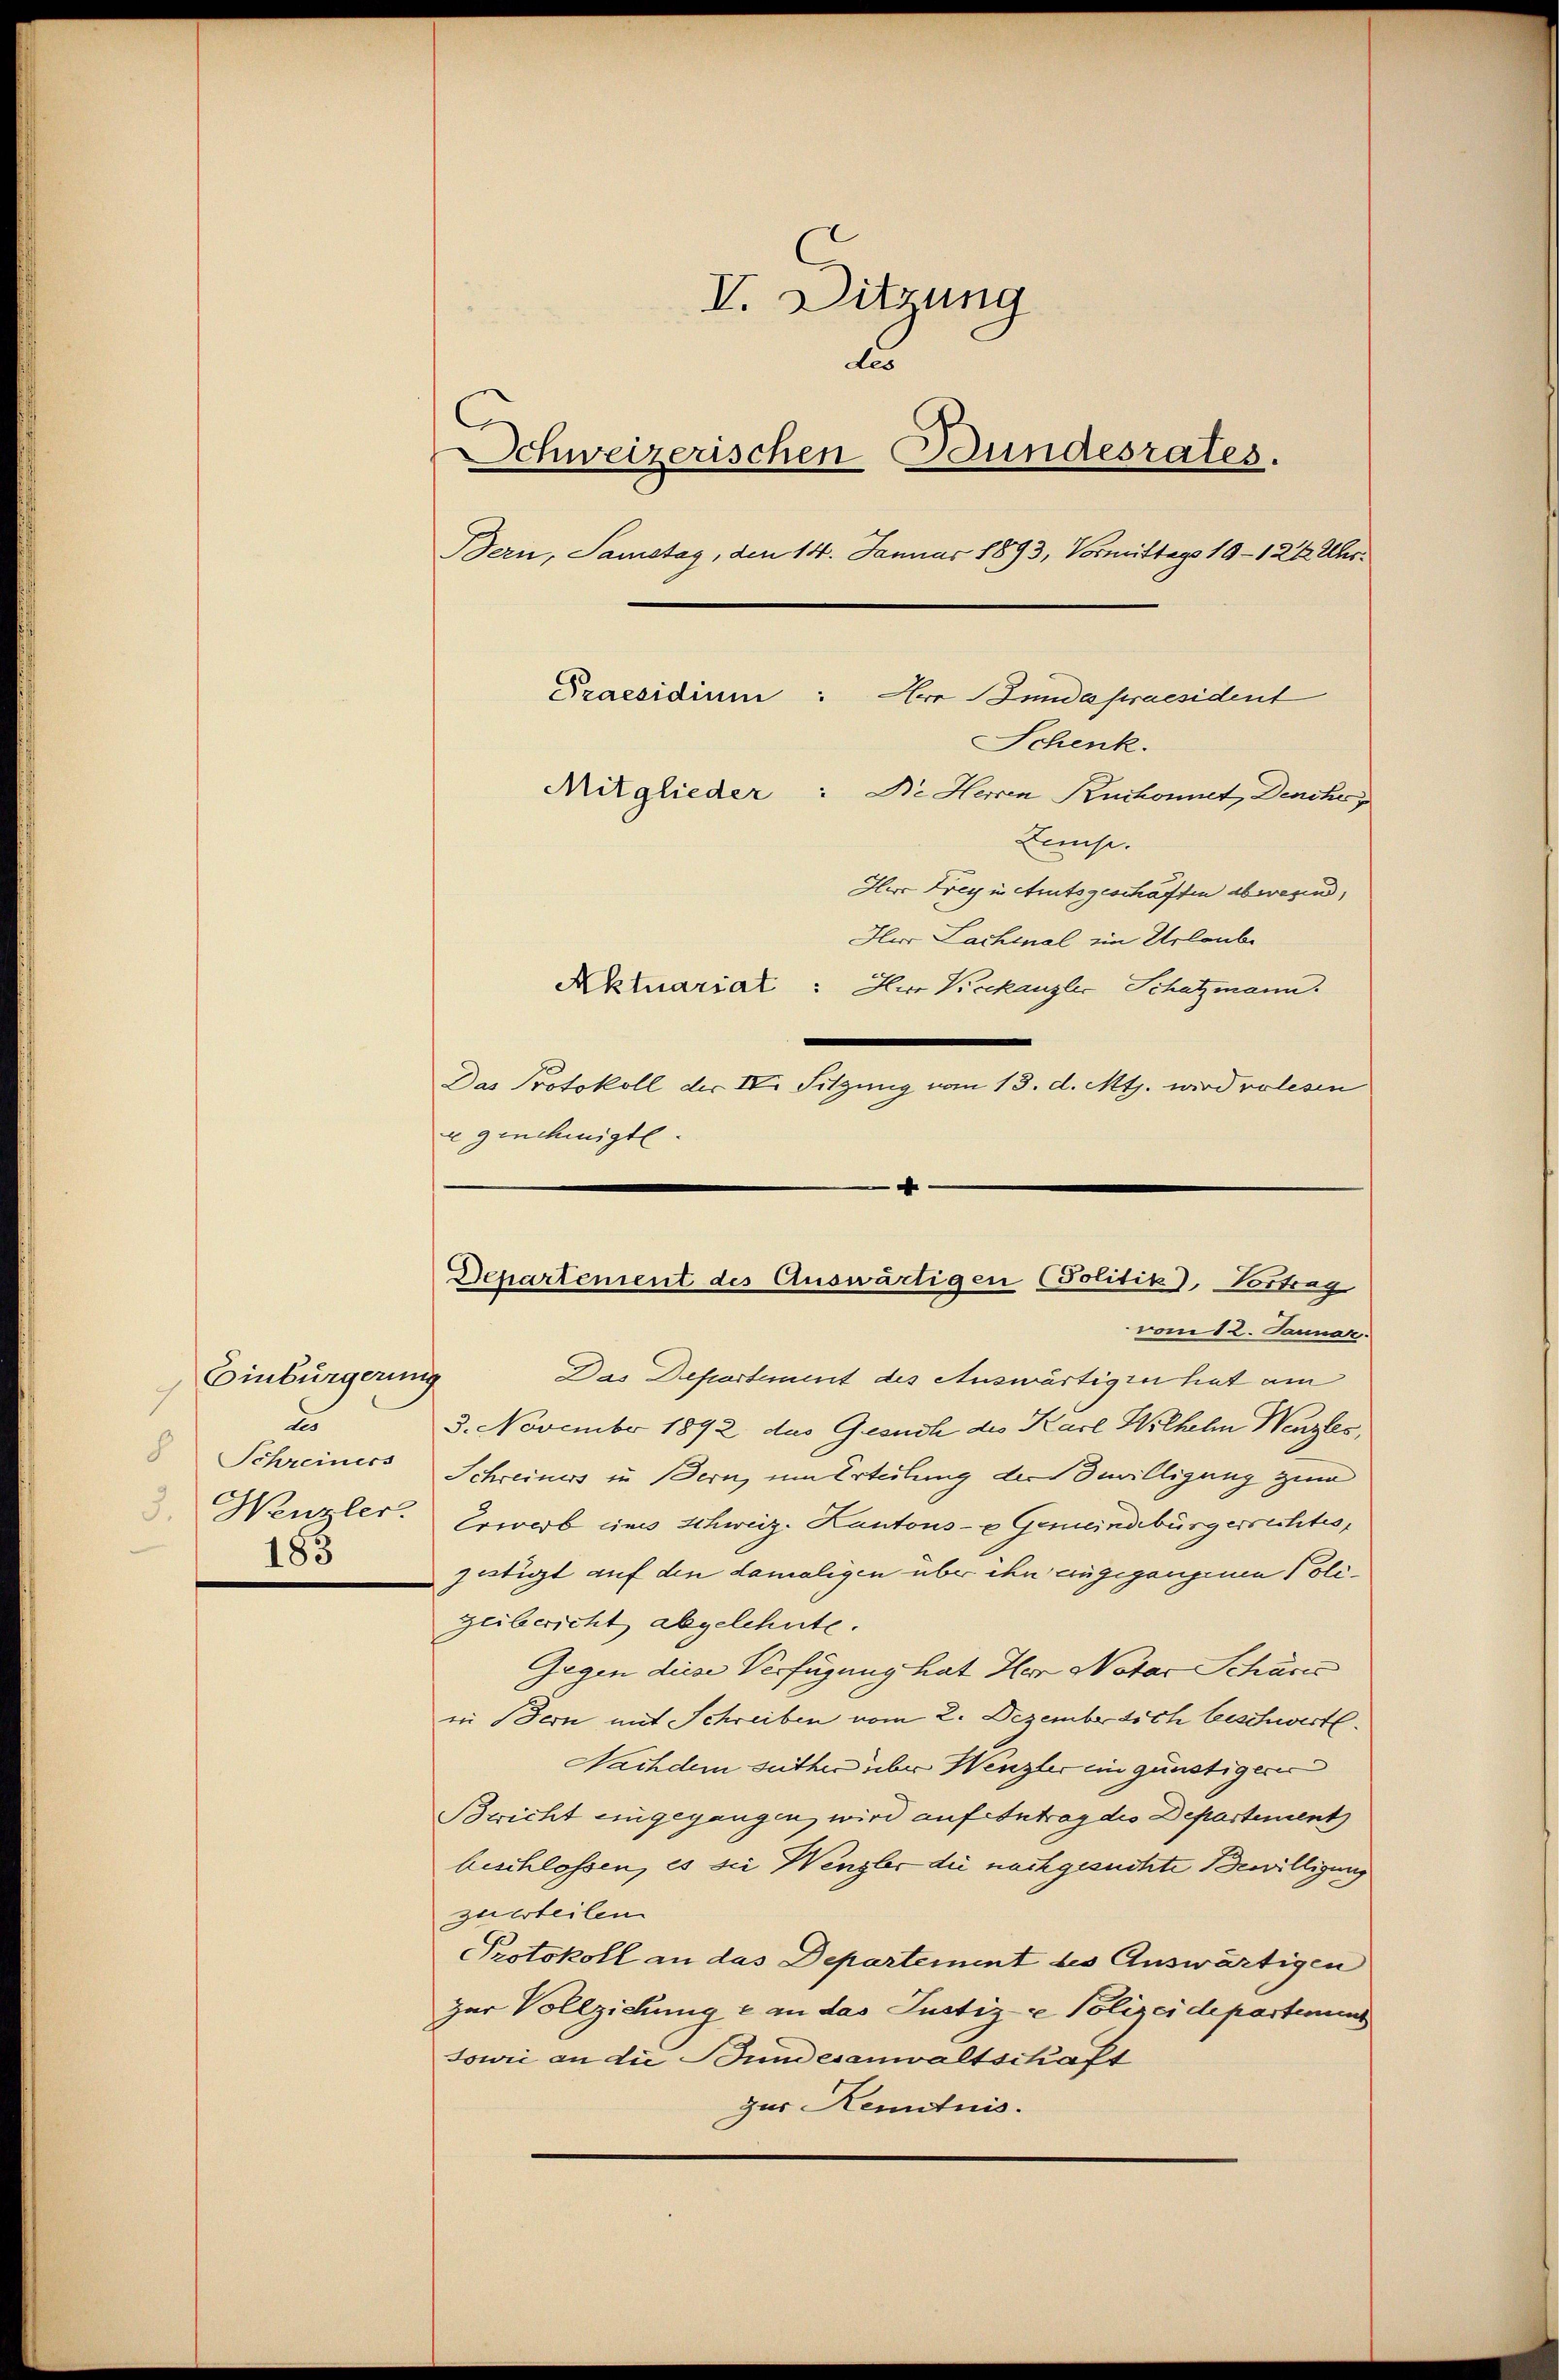
Einbürgerung
7
d
8
Schreiners
183

V. Ditzung
l
Schweizerischen Bundesrates.
Bern, Samstag, den 14. Januar 1893, Vormittags 19-1212 Uhr.
Praesidium:
He Bundes praesident
Schenk.
Mitglieder
" Die Herren Kuchonnet, Denskr
Lise.
Her Frey in Amtsgeschäften abwernd,
Hur Lachenal im Urlaube
Aktuariat: Herr Bekanzler Schatzmann.
Das Protokoll der IV. Sitzung vom 13. d. Mts. wird volesen

x genehmigte.

4
Departement des Auswärtigen (Politik), Vortrag

vom 12. Januar.
Das Departement des Auswärtigen hat am
3. November 1892 das Gesuch des Karl Wilhelm Wenzles,
Schreiners in Bern, um Erteilung der Bewilligung zum
Wenzler. Erwerb eins Schweiz. Kantons- & Gemeindsbürgerrechtes,
justigt auf den damaligen über ihn eingegangenen Polizeibericht abgelehnte.
Gegen diese Verfügung hat Her Notar Schöns
in Bern mit Schreiben vom 2. Dezember dich beschwert
Nachdem suther ueber Wenzler ein günstiger
Bricht eingegangen, wird auf Antrag des Departement
beschlossen, es sei Wenzler die nachgesuchte Bewilligung
zurteilen
Protokoll an das Departement des Auswärtigen
zur Vollziehung e an das Justiz & Polizeidepartemen
sowie an die Bundesanwaltschäft
zur Kenntnis.